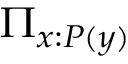
\Pi _ { x : P ( y ) }